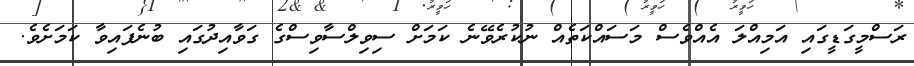
ރަސްމީގަޑީގައި އަމިއްލަ އެއްވެސް މަސައްކަތެއް ނުކުރެވޭނެ ކަމަށް ސިވިލްސާވިސްގެ ގަވާއިދުގައި ބުނެފައިވާ ކަމަށެވެ.